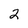
Character: 2